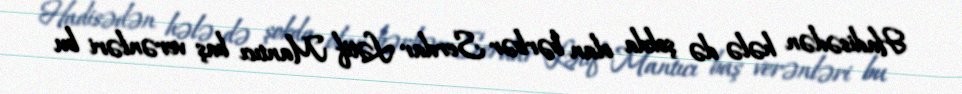
Hadisədən hələ də şokda olan bərbər Serdar Lətif Mantıcı baş verənləri bu